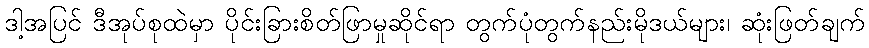
ဒါ့အပြင် ဒီအုပ်စုထဲမှာ ပိုင်းခြားစိတ်ဖြာမှုဆိုင်ရာ တွက်ပုံတွက်နည်းမိုဒယ်များ၊ ဆုံးဖြတ်ချက်